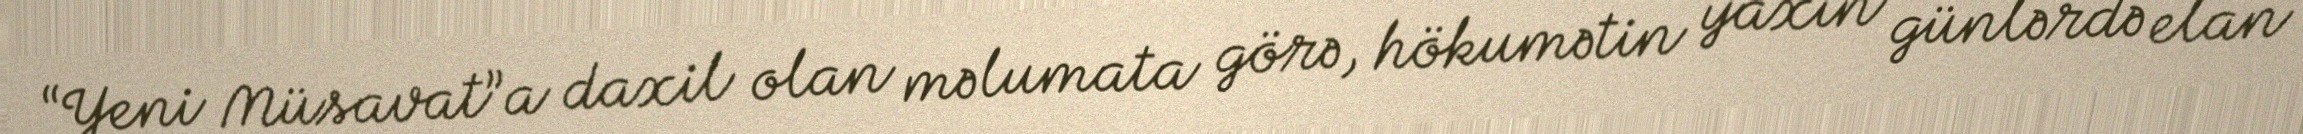
“Yeni Müsavat”a daxil olan məlumata görə, hökumətin yaxın günlərdə elan